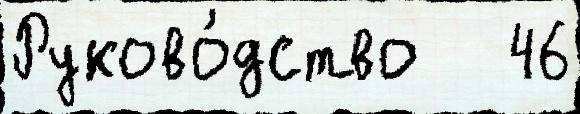
Руково́дство   46